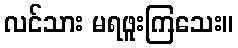
လင်သား မရဖူးကြသေး။